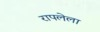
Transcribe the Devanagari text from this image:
रापलेला